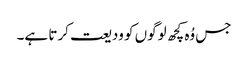
جس وُہ کچھ لوگوں کو ودیعت کرتا ہے۔